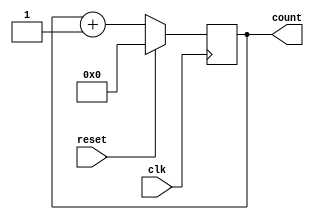
module synchronous_counter (
    input wire clk, // Clock input
    input wire reset, // Reset input
    output reg [3:0] count // 4-bit counter output
);

    always @(posedge clk) begin
        if (reset) begin
            count <= 4'b0000; // Reset the counter to 0
        end else begin
            count <= count + 1; // Increment the counter by 1
        end
    end

endmodule